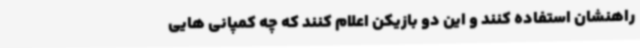
راهنشان استفاده کنند و این دو بازیکن اعلام کنند که چه کمپانی هایی